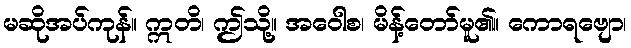
မဆိုအပ်ကုန်။ ဣတိ၊ ဤသို့။ အဝေါစ၊ မိန့်တော်မူ၏။ ကောရဗျော၊